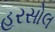
હરસોલ